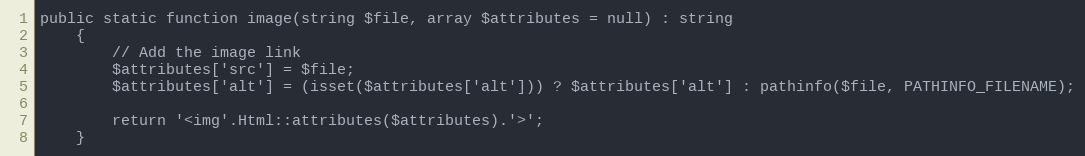
Language: PHP
public static function image(string $file, array $attributes = null) : string
    {
        // Add the image link
        $attributes['src'] = $file;
        $attributes['alt'] = (isset($attributes['alt'])) ? $attributes['alt'] : pathinfo($file, PATHINFO_FILENAME);

        return '<img'.Html::attributes($attributes).'>';
    }